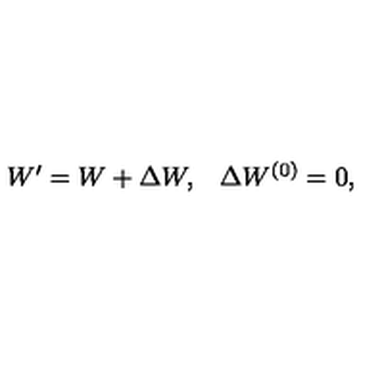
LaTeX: \begin{array} { l r } { W ^ { \prime } = W + \Delta W , } & { \Delta W ^ { ( 0 ) } = 0 , } \\ \end{array}